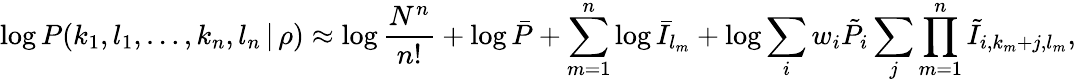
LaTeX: \log P(k_{1},l_{1},\dots,k_{n},l_{n}\, |\, \rho)\approx\log\frac{N^{n}}{n!}+\log\bar{P}+\sum_{m=1}^{n}\log\bar{I}_{l_{m}}+\log\sum_{i}w_{i}\tilde{P}_{i}\sum_{j}\prod_{m=1}^{n}\tilde{I}_{i,k_{m}+j,l_{m}},